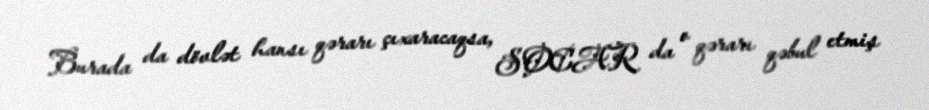
Burada da dövlət hansı qərarı çıxaracaqsa, SOCAR da o qərarı qəbul etmiş